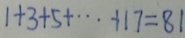
1 + 3 + 5 + \cdots + 1 7 = 8 1